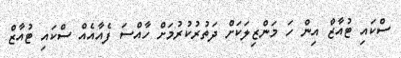
ސްކައި ޓުއާޒް އިން ހަ މަންޒިލަކަށް ދަތުރުކުރުމަށް ހާއްސަ ފެއާއެއް ސްކައި ޓުއާޒް